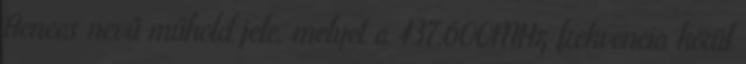
Aeneas nevű műhold jele, melyet a 437.600MHz frekvencia körül